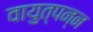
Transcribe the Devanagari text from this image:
वायुत्पन्न